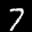
Label: 7